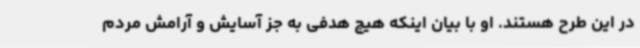
در این طرح هستند. او با بیان اینکه هیچ هدفی به جز آسایش و آرامش مردم